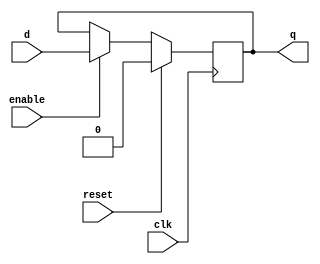
module d_ff_sync_reset (
    input wire clk,
    input wire reset,
    input wire enable,
    input wire d,
    output reg q
);

always @(posedge clk) begin
    if (reset) begin
        q <= 1'b0; // Reset the output to 0 when reset signal is activated
    end else if (enable) begin
        q <= d; // Follow the input signal when enable signal is high
    end
end

endmodule